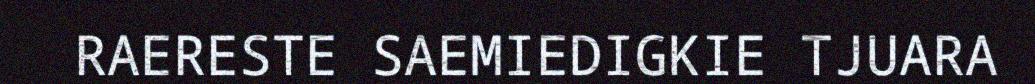
RAERESTE SAEMIEDIGKIE TJUARA